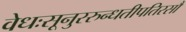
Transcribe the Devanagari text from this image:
वेधःसूनुररुन्धतीपतिरसौ